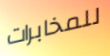
للمخابرات